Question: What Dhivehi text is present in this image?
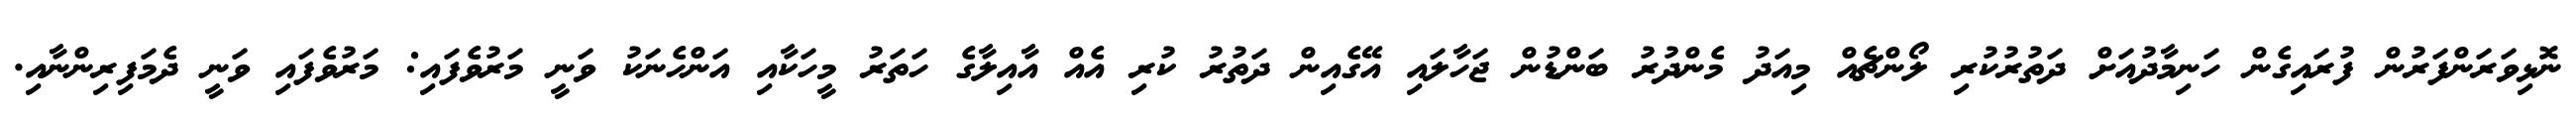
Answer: ނޮޅިވަރަންފަރުން ފުރައިގެން ހަނިމާދުއަށް ދަތުރުކުރި ލޯންޗެއް މިއަދު މެންދުރު ބަންޑުން ޖަހާލައި އޭގެއިން ދަތުރު ކުރި އެއް އާއިލާގެ ހަތަރު މީހަކާއި އަންހެނަކު ވަނީ މަރުވެފައި: މަރުވެފައި ވަނީ ދެމަފިރިންނާއި.